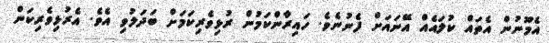
އެމޫނުން އެތައް ކުލައެއް އޭނައަށް ފެނުނެވެ. ހައިރާންކަމުން ރުޅިވެރިކަމަށް ބަދަލުވި އެވެ. އެރުޅިވެރިކަން